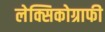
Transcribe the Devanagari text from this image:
लेक्सिकोग्राफी